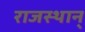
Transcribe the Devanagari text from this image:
राजस्थान्